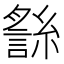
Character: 𧪬